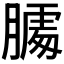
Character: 𰗌